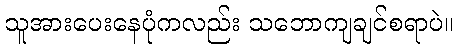
သူအားပေးနေပုံကလည်း သဘောကျချင်စရာပဲ။